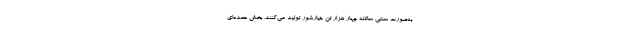
به‌صورت سنتی سالانه چهار هزار تن خیارشور تولید می‌کنند. بخش عمده‌ای